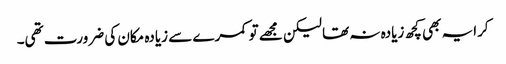
کرایہ بھی کچھ زیادہ نہ تھا لیکن مجھے تو کمرے سے زیادہ مکان کی ضرورت تھی۔